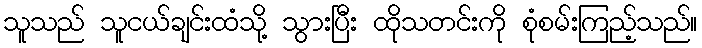
သူသည် သူငယ်ချင်းထံသို့ သွားပြီး ထိုသတင်းကို စုံစမ်းကြည့်သည်။